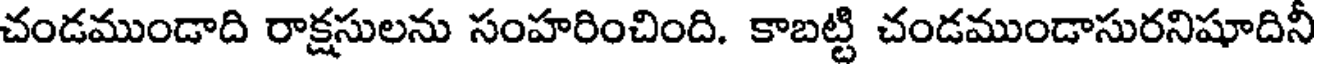
చండముండాది రాక్షసులను సంహరించింది. కాబట్టి చండముండాసురనిషూదినీ